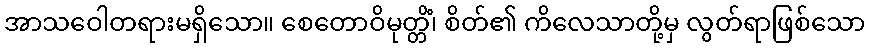
အာသဝေါတရားမရှိသော။ စေတောဝိမုတ္တိံ၊ စိတ်၏ ကိလေသာတို့မှ လွတ်ရာဖြစ်သော